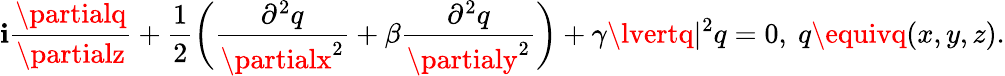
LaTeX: \mathbf{i}\frac{{\partialq}}{{\partialz}}+\frac{{1}}{{2}}\bigg(\frac{{\partial^{2}q}}{{\partialx^{2}}}+\beta\frac{{\partial^{2}q}}{{\partialy^{2}}}\bigg)+\gamma\lvertq\rvert^{2}q=0,~q\equivq(x,y,z).